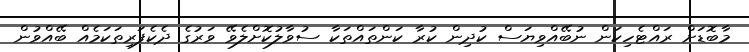
މާބޮޑަށް ރައްޓެހިކަން ނުބޭއްވިޔަސް ކުދިން ކުރާ ކަންތައްތަކާ ސުވާލުކޮށްލެވޭ ވަރުގެ ދެކެފަރިތަކަމެއް ބޭއްވުން